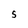
Character: 5